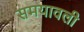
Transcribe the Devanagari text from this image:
समयावली